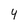
Character: 4